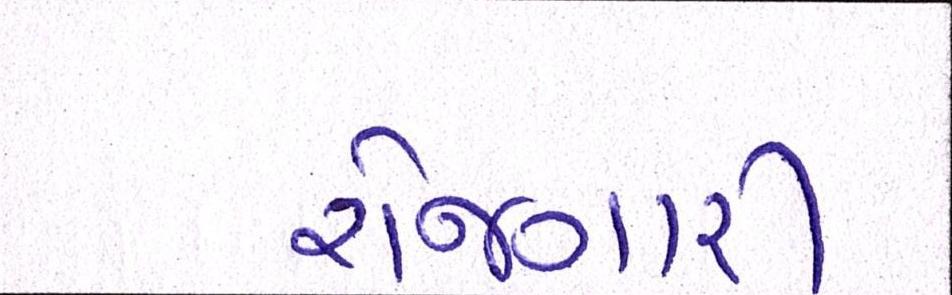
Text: રોજગારી